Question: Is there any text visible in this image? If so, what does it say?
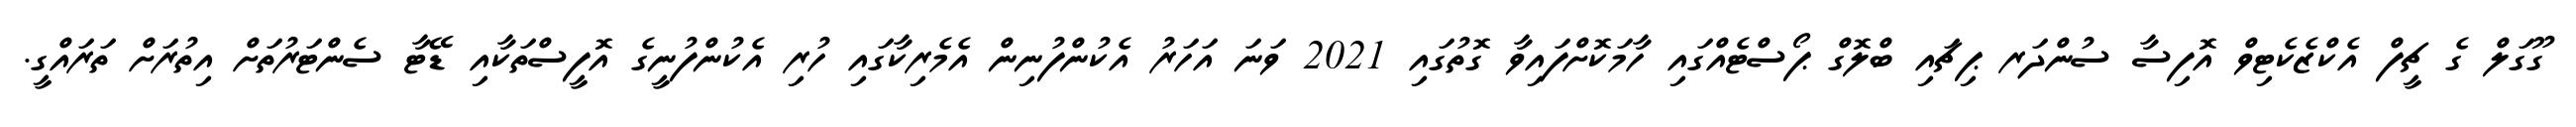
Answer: ގޫގަލް ގެ ޗީފް އެކްޒެކެޓިވް އޮފިސާ ސުންދަރ ޕިޗައި ބްލޮގް ޕޯސްޓެއްގައި ހާމަކޮށްފައިވާ ގޮތުގައި 2021 ވަނަ އަހަރު އެކުންފުނިން އެމެރިކާގައި ހުރި އެކުންފުނީގެ އޮފީސްތަކާއި ޑޭޓާ ސެންޓަރުތަށް އިތުރަށް ތަރައްގީ.